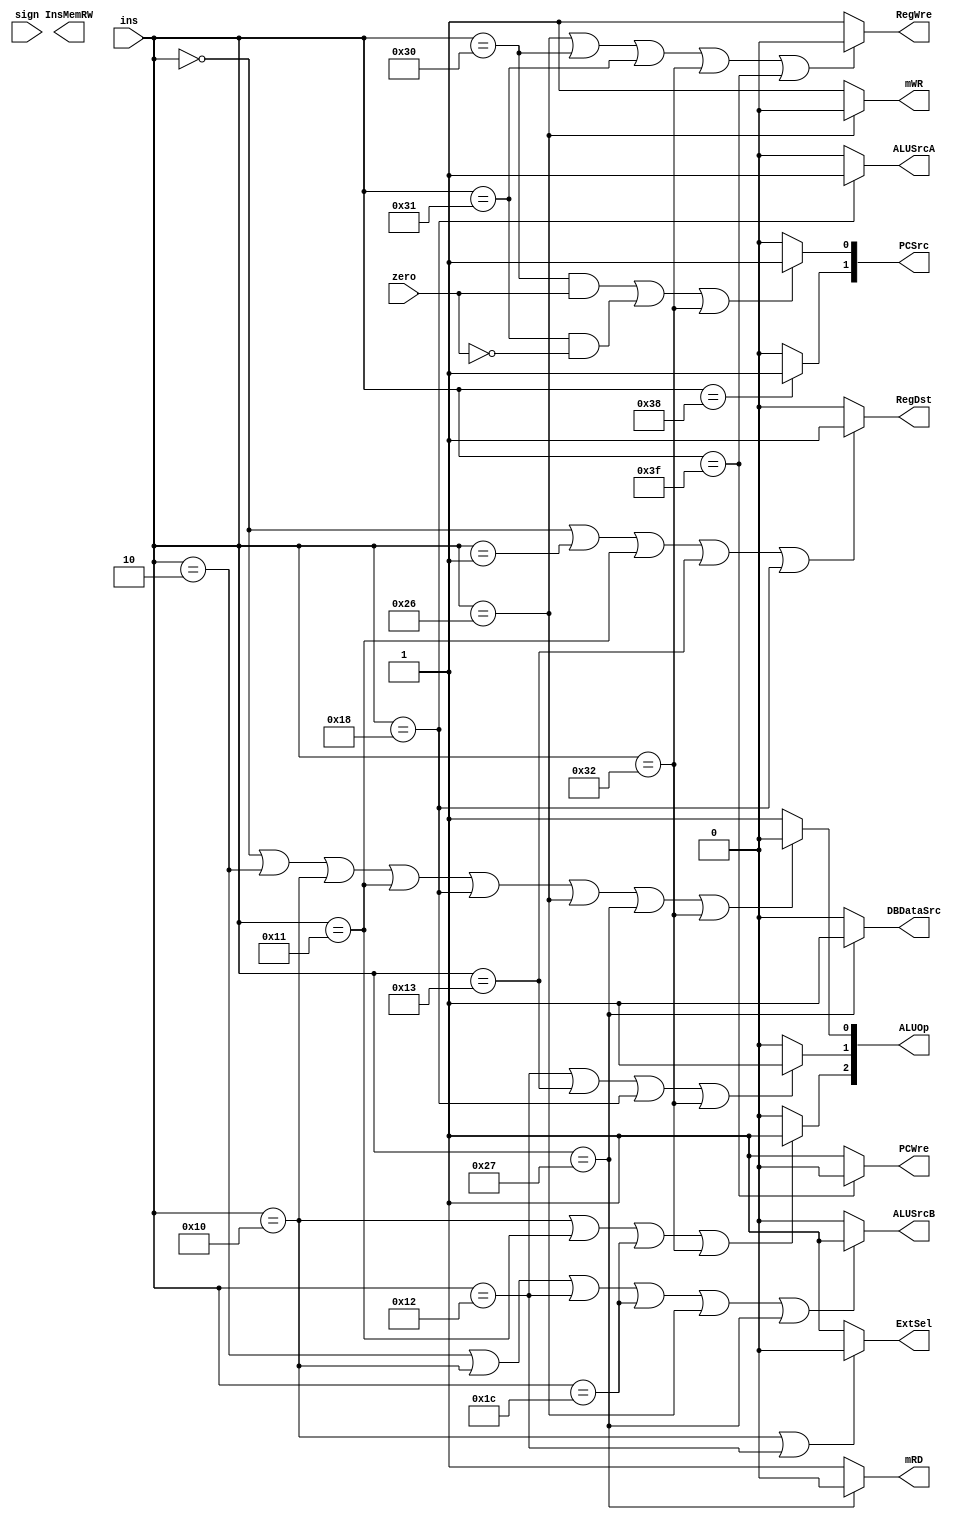
`timescale 1ns / 1ps
//////////////////////////////////////////////////////////////////////////////////
// Company: 
// Engineer: 
// 
// Design Name: 
// Module Name: ControlUnit
// Project Name: 
// Target Devices: 
// Tool Versions: 
// Description: 
// 
// Dependencies: 
// 
// Revision:
// Revision 0.01 - File Created
// Additional Comments:
// 
//////////////////////////////////////////////////////////////////////////////////


module ControlUnit(ins,zero,sign,PCWre,ALUSrcA,ALUSrcB,DBDataSrc,RegWre,InsMemRW,mRD,mWR,RegDst,ExtSel,PCSrc,ALUOp);
    input [5:0] ins;
    input zero,sign;
    output PCWre,ALUSrcA,ALUSrcB,DBDataSrc,RegWre,InsMemRW,mRD,mWR,RegDst,ExtSel;
    output [1:0] PCSrc;
    output [2:0] ALUOp;

        assign PCWre = (ins == 6'b111111)?0:1;
        assign ALUSrcA = (ins == 6'b011000)?1:0;
        assign ALUSrcB = (ins == 6'b000010 || ins == 6'b010000 || ins == 6'b010010 || ins == 6'b011100 || ins == 6'b100110 || ins == 6'b100111) ?1:0;
        assign DBDataSrc = (ins == 6'b100111)?1:0;
        assign RegWre = (ins == 6'b100110 || ins == 6'b110000 || ins == 6'b110001 || ins == 6'b110010 || ins == 6'b111111)? 0:1;
        assign mRD = (ins == 6'b100111)? 0:1;
        assign mWR = (ins == 6'b100110)? 0:1;
        assign RegDst = (ins == 6'b000000 || ins == 6'b000001 || ins == 6'b010001 || ins == 6'b010011 || ins == 6'b011000)?1:0;
        assign ExtSel = (ins == 6'b010000 || ins == 6'b010010)? 0:1;
        
        assign PCSrc[1] = (ins == 6'b111000)? 1:0;
        assign PCSrc[0] = ((ins == 6'b110000 && zero == 1) || (ins == 6'b110001 && zero == 0) || ins == 6'b110010)?1:0;
        assign ALUOp[2] = (ins == 6'b010000 || ins == 6'b010001 || ins == 6'b011100 || ins == 6'b110010)? 1:0;
        assign ALUOp[1] = (ins == 6'b010010 || ins == 6'b010011 || ins == 6'b011000 || ins == 6'b110010)? 1:0;
        assign ALUOp[0] = (ins == 6'b000000 || ins == 6'b000010|| ins == 6'b010000 || ins == 6'b010001 || ins == 6'b011000 || ins == 6'b100110 || ins == 6'b100111 || ins == 6'b110010)?0:1;

endmodule